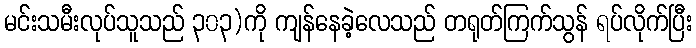
မင်းသမီးလုပ်သူသည် ၃၀၃)ကို ကျန်နေခဲ့လေသည် တရုတ်ကြက်သွန် ရပ်လိုက်ပြီး